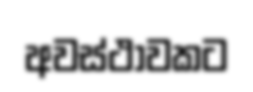
අවස්ථාවකට